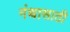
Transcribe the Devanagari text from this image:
गंथासाठी